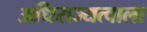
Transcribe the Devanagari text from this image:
अधिराज्यत्वाला